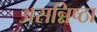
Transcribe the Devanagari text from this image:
असन्निष्ठा